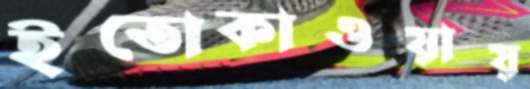
ইতোকাওয়ায়